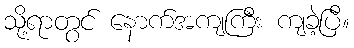
သို့ရာတွင် နောက်အကျကြီး ကျခဲ့ပြီ။